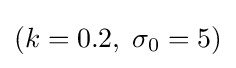
(k=0.2,\;\sigma _{0}=5)